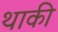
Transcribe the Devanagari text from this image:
थाकी